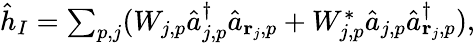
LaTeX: \begin{array}{r}{\hat{h}_{I}=\sum_{p,j}(W_{j,p}\hat{a}_{j,p}^{\dagger}\hat{a}_{{\mathbf r}_{j},p}+W_{j,p}^{*}\hat{a}_{j,p}\hat{a}_{{\mathbf r}_{j},p}^{\dagger}),}\end{array}